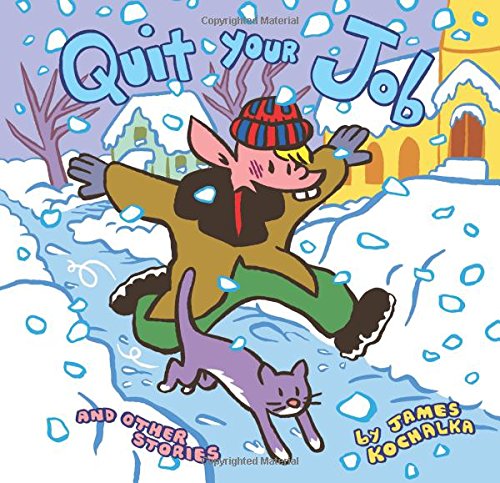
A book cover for Quit Your Job: And Other Stories; Comics & Graphic Novels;